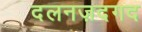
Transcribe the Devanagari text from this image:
दलनज़दगद